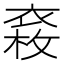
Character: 𧛉